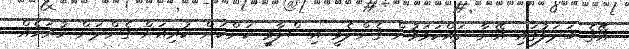
އޭގެ ބަދަލުގައި އޭނާ ދައްކަވަމުން ގެންދެވީ އިސްލާމީ ކަންކަން ކުރިއަށް ގެންދަން ހުރަހެއް